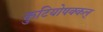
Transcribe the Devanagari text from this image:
कुटियोषक्कल्